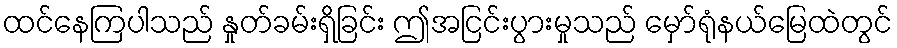
ထင်နေကြပါသည် နှုတ်ခမ်းရှိခြင်း ဤအငြင်းပွားမှုသည် မှော်ရုံနယ်မြေထဲတွင်